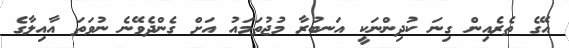
އޭގެ ތެރެއިން ގިނަ ކުދިންނަކީ އަނބުރާ މުޖުތަމައު އަށް ގެންދެވޭނެ ނުވަތަ އާއިލާގެ